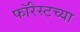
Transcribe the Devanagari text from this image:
फॉरेस्टच्या